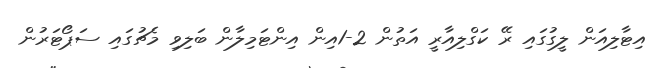
އިޓާލިއަން ލީގުގައި ރޭ ކަގްލިއާރީ އަތުން 2-1އިން އިންޓަމިލާން ބަލިވި މެޗުގައި ސަޕޯޓަރުން